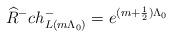
LaTeX: \begin{align*} \widehat{R}^- ch^-_{L(m \Lambda_0)}= e^{(m +\frac{1}{2})\Lambda_0}\end{align*}